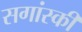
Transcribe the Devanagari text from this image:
सगांस्की